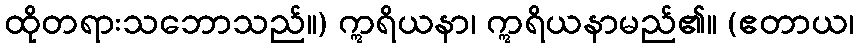
ထိုတရားသဘောသည်။) ဣရိယနာ၊ ဣရိယနာမည်၏။ (ဧတာယ၊